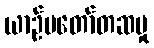
ယာဉ်မတော်တဆမှု